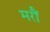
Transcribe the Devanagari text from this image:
मरौं